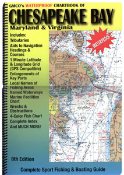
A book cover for Chesapeake Bay: Maryland and Virginia Chartbook, 8th Edition; Travel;